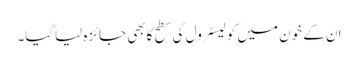
ان کے خون میں کولیسٹرول کی سطح کابھی جائزہ لیاگیا۔